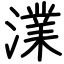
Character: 澲